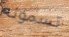
تسمونه